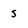
Character: s